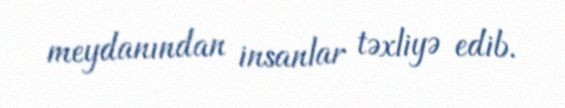
meydanından insanlar təxliyə edib.